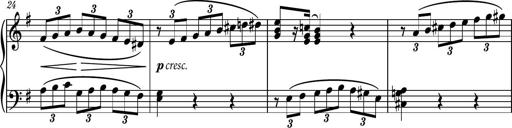
Title: Piano Sonatina No.7
Composer: Dimitri Sykias
Key: G major